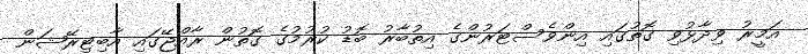
އަމީރު ވިދާޅުވި ގޮތުގައި އިންވެސްޓަރުންގެ އިތުބާރު ބޮޑު ކުރުމުގެ ގޮތުން ރާއްޖޭގައި އާބިޓިރޭޝަން